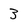
Character: 3